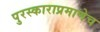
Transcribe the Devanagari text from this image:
पुरस्काराप्रमाणेच